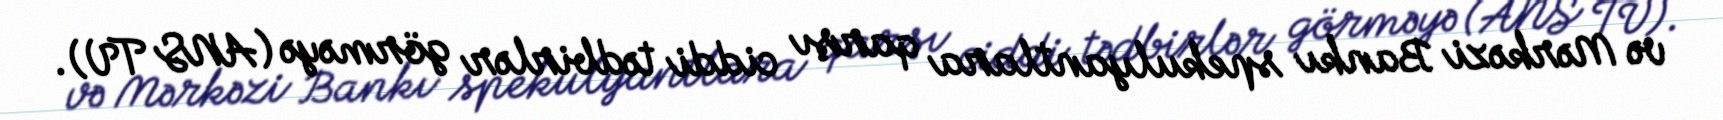
və Mərkəzi Bankı spekulyantlara qarşı ciddi tədbirlər görməyə (ANS TV).